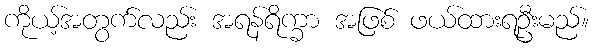
ကိုယ့်အတွက်လည်း အရန်ရိက္ခာ အဖြစ် ဖယ်ထားရဦးမည်။